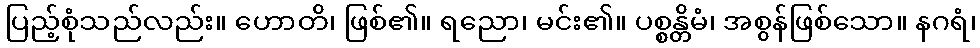
ပြည့်စုံသည်လည်း။ ဟောတိ၊ ဖြစ်၏။ ရညော၊ မင်း၏။ ပစ္စန္တိမံ၊ အစွန်ဖြစ်သော။ နဂရံ၊